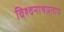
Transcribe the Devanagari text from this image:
विश्वनाथप्रताप